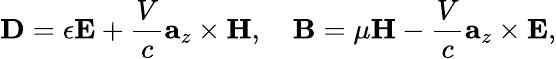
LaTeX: \mathbf{D}=\epsilon\mathbf{E}+\frac{V}{c}\mathbf{a}_{z}\times\mathbf{H},\quad\mathbf{B}=\mu\mathbf{H}-\frac{V}{c}\mathbf{a}_{z}\times\mathbf{E},